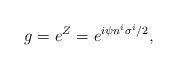
LaTeX: \begin{align*}g = e^Z = e^{i\psi n^i \sigma^i/2},\end{align*}